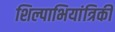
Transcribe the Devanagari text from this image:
शिल्पाभियांत्रिकी